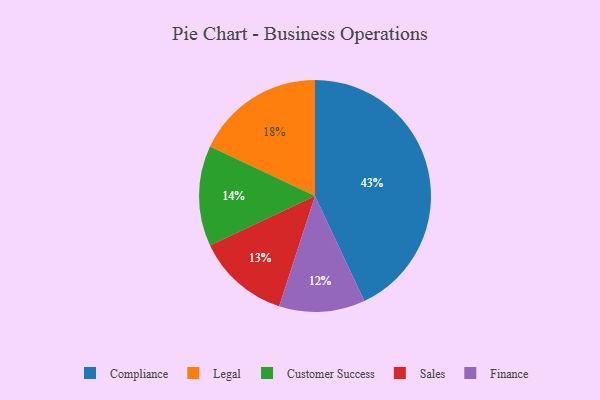
{"axis": {"x": "Category", "y": "Percentage"}, "legend": ["Compliance", "Customer Success", "Finance", "Legal", "Sales"], "data": [{"x": "Compliance", "y": 43, "type": "Compliance"}, {"x": "Legal", "y": 18, "type": "Legal"}, {"x": "Finance", "y": 12, "type": "Finance"}, {"x": "Sales", "y": 13, "type": "Sales"}, {"x": "Customer Success", "y": 14, "type": "Customer Success"}]}